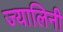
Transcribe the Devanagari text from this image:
ज्यालिनी